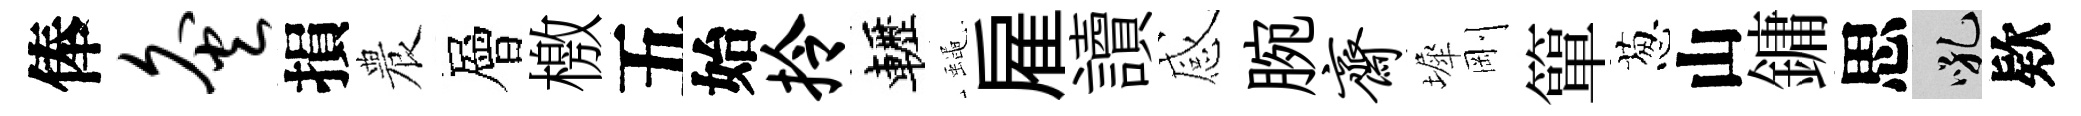
俸灸損農層檄五始拎轣蠅雇讀感腕斋墀剛簞葱山鏞思吼欵